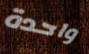
واحدة